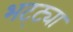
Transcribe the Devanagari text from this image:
भट्‌ट्या